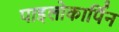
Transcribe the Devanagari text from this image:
पाइलोकार्पिन